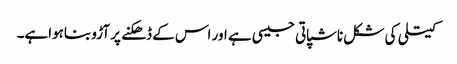
کیتلی کی شکل ناشپاتی جیسی ہے اور اس کے ڈھکنے پر آڑو بناہواہے۔